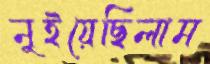
নুইয়েছিলাম